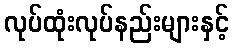
လုပ်ထုံးလုပ်နည်းများနှင့်